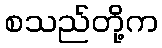
စသည်တို့က